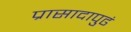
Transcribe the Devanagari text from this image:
प्रासादापुढं